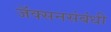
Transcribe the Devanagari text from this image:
जॅक्सनसंबंधी